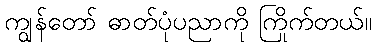
ကျွန်တော် ဓာတ်ပုံပညာကို ကြိုက်တယ်။